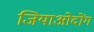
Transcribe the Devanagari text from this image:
जियाओदोंग